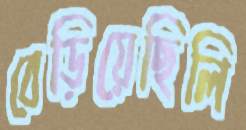
বেড়িয়েছিলি